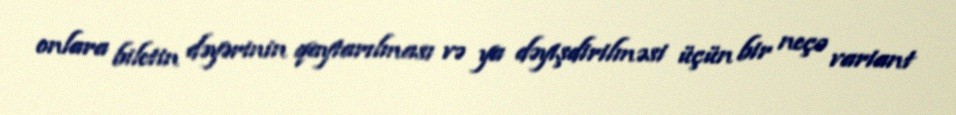
onlara biletin dəyərinin qaytarılması və ya dəyişdirilməsi üçün bir neçə variant